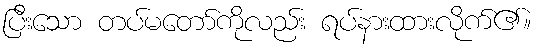
ပြီးသော တပ်မတော်ကိုလည်း ရပ်နားထားလိုက်၏။